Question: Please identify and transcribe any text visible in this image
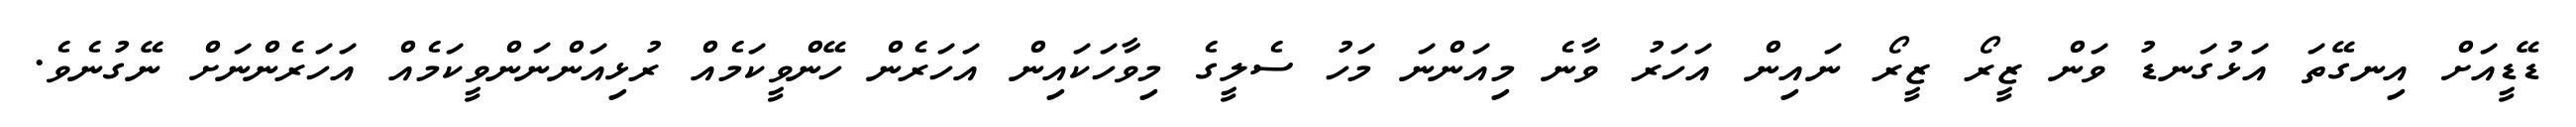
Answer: ޑޭޑީއަށް އިނގޭތަ އަޅުގަނޑު ވަން ޒީރޯ ޒީރޯ ނައިން އަހަރު ވާނެ މިއަންނަ މަހު ސެލީގެ މިވާހަކައިން އަހަރެން ހޭންވީކަމެއް ރުޅިއަންނަންވީކަމެއް އަހަރެންނަށް ނޭގުނެވެ.